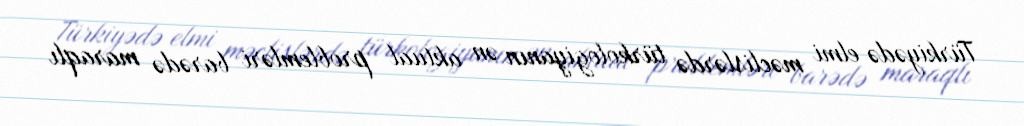
Türkiyədə elmi məclislərdə türkologiyanın ən aktual problemləri barədə maraqlı